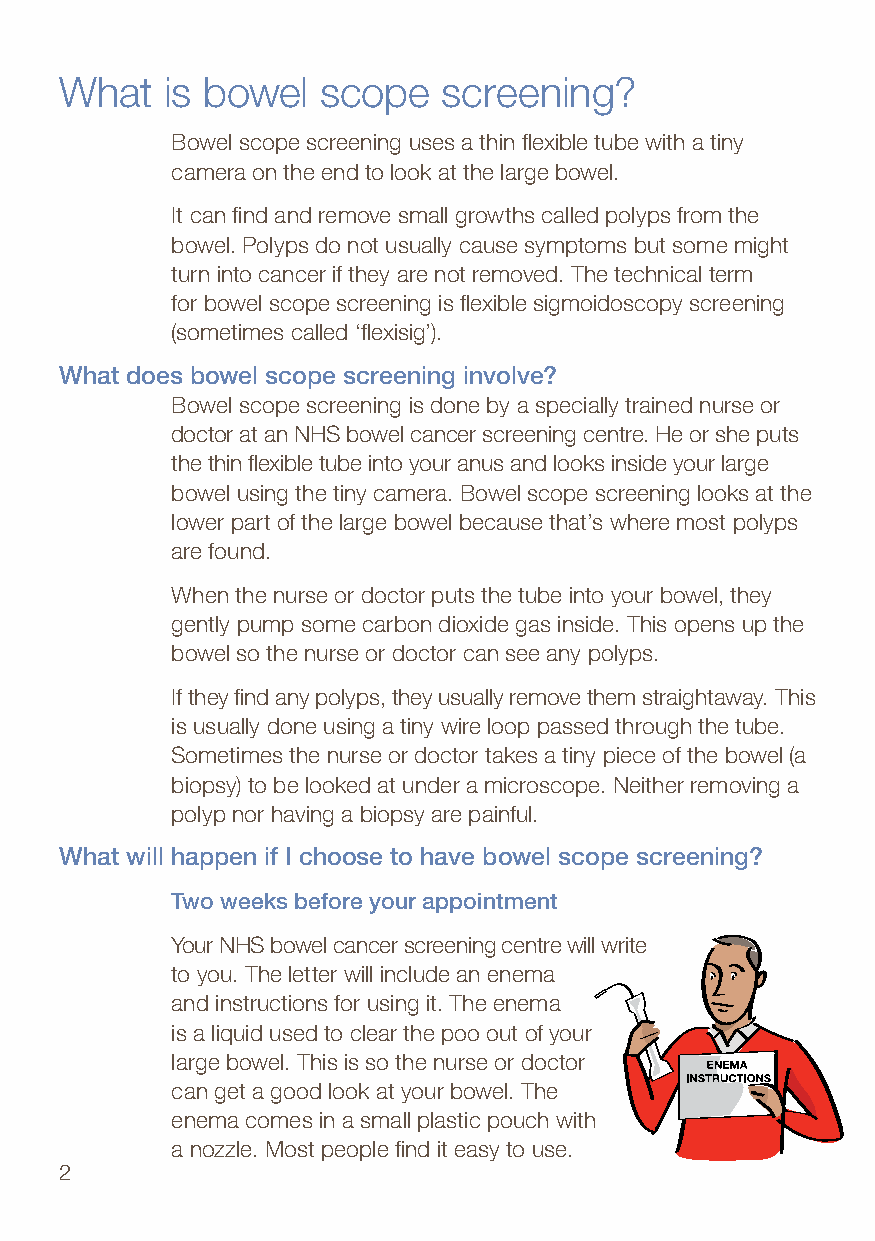
What   is bowel  scope   screening?
 Bowel scope screening uses a thin flexible tube with a tiny
 camera on the end to look at the large bowel.
 It can find and remove small growths called polyps from the
 bowel. Polyps do not usually cause symptoms but some might
 turn into cancer if they are not removed. The technical term
 for bowel scope screening is flexible sigmoidoscopy screening
 (sometimes called ‘flexisig’).
 What does bowel scope screening involve?
 Bowel scope screening is done by a specially trained nurse or
 doctor at an NHS bowel cancer screening centre. He or she puts
 the thin flexible tube into your anus and looks inside your large
 bowel using the tiny camera. Bowel scope screening looks at the
 lower part of the large bowel because that’s where most polyps
 are found.
 When the nurse or doctor puts the tube into your bowel, they
 gently pump some carbon dioxide gas inside. This opens up the
 bowel so the nurse or doctor can see any polyps.
 If they find any polyps, they usually remove them straightaway. This
 is usually done using a tiny wire loop passed through the tube.
 Sometimes the nurse or doctor takes a tiny piece of the bowel (a
 biopsy) to be looked at under a microscope. Neither removing a
 polyp nor having a biopsy are painful.
 What will happen if I choose to have bowel scope screening?
 Two weeks before your appointment
 Your NHS bowel cancer screening centre will write
 to you. The letter will include an enema
 and instructions for using it. The enema
 is a liquid used to clear the poo out of your
 large bowel. This is so the nurse or doctor
 can get a good look at your bowel. The
 enema comes in a small plastic pouch with
 a nozzle. Most people find it easy to use.
 2